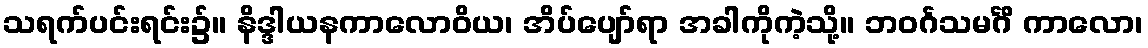
သရက်ပင်းရင်း၌။ နိဒ္ဒါယနကာလောဝိယ၊ အိပ်ပျော်ရာ အခါကိုကဲ့သို့။ ဘဝင်္ဂသမင်္ဂိ ကာလော၊